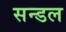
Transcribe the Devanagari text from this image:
सन्डल